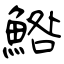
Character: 鯦